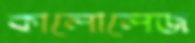
কালোলেজ